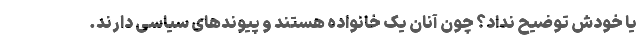
یا خودش توضیح نداد؟ چون آنان یک خانواده هستند و پیوندهای سیاسی دارند.